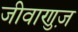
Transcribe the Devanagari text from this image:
जीवाणुज़